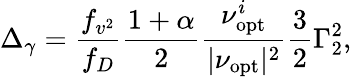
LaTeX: \Delta_{\gamma}=\frac{f_{v^{2}}}{f_{D}}\frac{1+\alpha}{2}\frac{\nu_{\mathrm{opt}}^{i}}{|\nu_{\mathrm{opt}}|^{2}}\frac{3}{2}\Gamma_{2}^{2},